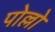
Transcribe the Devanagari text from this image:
पोल्लो